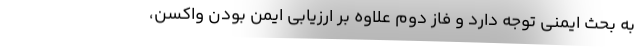
به بحث ایمنی توجه دارد و فاز دوم علاوه بر ارزیابی ایمن بودن واکسن،